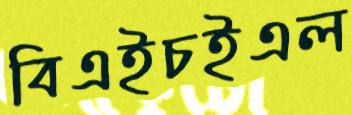
বিএইচইএল